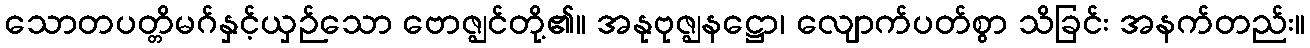
သောတပတ္တိမဂ်နှင့်ယှဉ်သော ဗောဇ္ဈင်တို့၏။ အနုဗုဇ္ဈနဋ္ဌော၊ လျောက်ပတ်စွာ သိခြင်း အနက်တည်း။